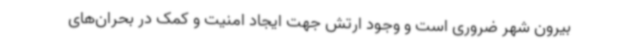
بیرون شهر ضروری است و وجود ارتش جهت ایجاد امنیت و کمک در بحران‌های